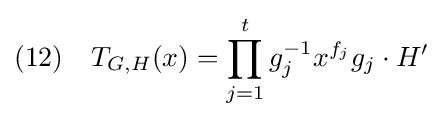
(12)\quad T_{G,H}(x)=\prod _{j=1}^{t}g_{j}^{-1}x^{f_{j}}g_{j}\cdot H'